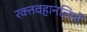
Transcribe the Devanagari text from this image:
रक्तवहानलियों